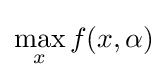
\max _{x}f(x,\alpha )